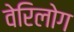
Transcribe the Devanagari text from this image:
वेरिलोग